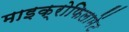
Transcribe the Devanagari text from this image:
माइक्रोफिलामेंट